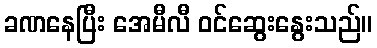
ခဏနေပြီး အေမီလီ ဝင်ဆွေးနွေးသည်။